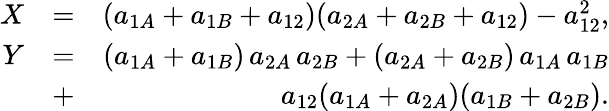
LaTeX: \begin{array}{rlr}{X}&{=}&{(a_{1A}+a_{1B}+a_{12})(a_{2A}+a_{2B}+a_{12})-a_{12}^{2},}\\ {Y}&{=}&{(a_{1A}+a_{1B})\, a_{2A}\, a_{2B}+(a_{2A}+a_{2B})\, a_{1A}\, a_{1B}}\\ &{+}&{a_{12}(a_{1A}+a_{2A})(a_{1B}+a_{2B}).}\end{array}